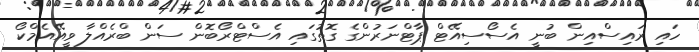
ހައި ރައިސްއިން ބުނީ އެސޯސިއޭޓް ޕާޓްނަރުންގެ ގޮތުގައި އެސްޓްރޯބޮން ސަން ބްރެއްލާ ވީއޭއެމްކޯ